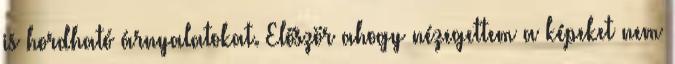
is hordható árnyalatokat. Először ahogy nézegettem a képeket nem